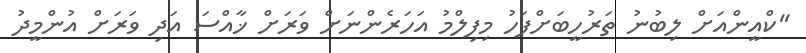
''ކްއީންއަށް ލިބުނު ތަރުހީބަށްފަހު މިފިލްމު އަހަރެންނަށް ވަރަށް ޚާއްސަ އަދި ވަރަށް އުންމީދު